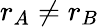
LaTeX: r_{A}\neq r_{B}